Annual administration report of the Civil Veterinary Department, Ajmere-Merwara, British Rajputana - 1914-1940
Year: 1914
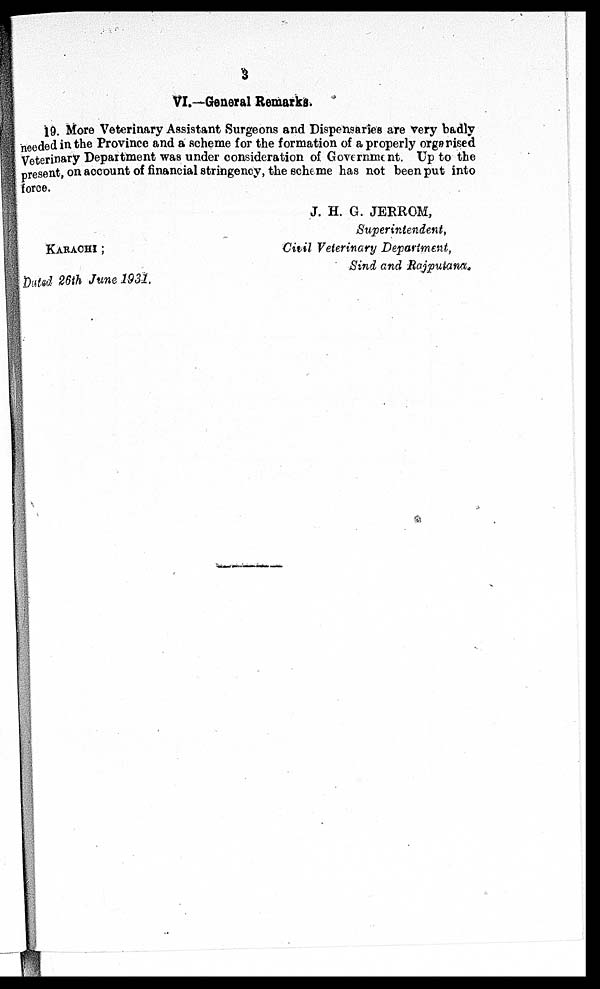
3
VI.—General Remarks.
19. More Veterinary Assistant Surgeons and Dispensaries are very badly
needed in the Province and a scheme for the formation of a properly organised
Veterinary Department was under consideration of Government. Up to the
present, on account of financial stringency, the scheme has not been put into
force.
KARACHI;
Dated 26th June 1931.
J. H. G. JERROM,
Superintendent,
Civil Veterinary Department,
Sind and Rajputana.